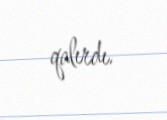
qalırdı.